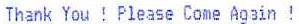
THANK YOU ! FLEASE COME AOSIN !